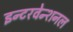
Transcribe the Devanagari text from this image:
इन्टरवेन्शनल